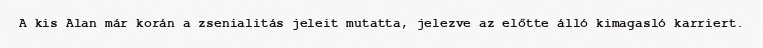
A kis Alan már korán a zsenialitás jeleit mutatta, jelezve az előtte álló kimagasló karriert.